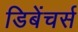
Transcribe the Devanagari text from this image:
डिबेंचर्स